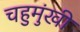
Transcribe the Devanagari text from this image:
चहुमुंखी